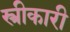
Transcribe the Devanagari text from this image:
स्त्रीकारी